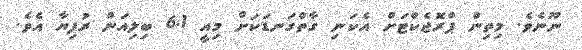
ނޫނެވެ. މިތިން ޕްރޮޖެކްޓަށް އެކަނި ގާތްގަނޑަކަށް މިއީ 6.1 ބިލިއަން ރުފިޔާ އެވެ.